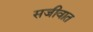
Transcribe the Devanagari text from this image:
सजीवात